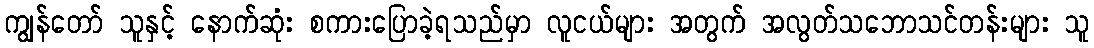
ကျွန်တော် သူနှင့် နောက်ဆုံး စကားပြောခဲ့ရသည်မှာ လူငယ်များ အတွက် အလွတ်သဘောသင်တန်းများ သူ